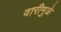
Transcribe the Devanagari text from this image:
वारीमुळे